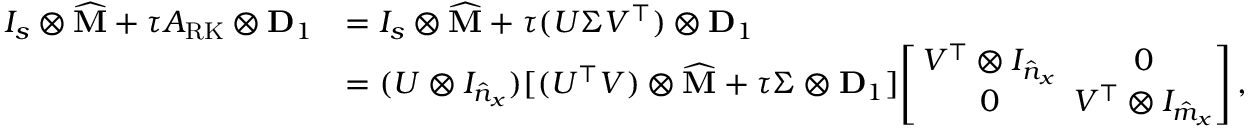
\begin{array} { r l } { I _ { s } \otimes \widehat { \mathbf { M } } + \tau A _ { \mathrm { R K } } \otimes \mathbf { D } _ { 1 } } & { = I _ { s } \otimes \widehat { \mathbf { M } } + \tau ( U \Sigma V ^ { \top } ) \otimes \mathbf { D } _ { 1 } } \\ & { = ( U \otimes I _ { \hat { n } _ { x } } ) [ ( U ^ { \top } V ) \otimes \widehat { \mathbf { M } } + \tau \Sigma \otimes \mathbf { D } _ { 1 } ] \! \left[ \! \! \begin{array} { c c } { V ^ { \top } \otimes I _ { \hat { n } _ { x } } } & { \! \! \! 0 } \\ { 0 } & { \! \! \! V ^ { \top } \otimes I _ { \hat { m } _ { x } } } \end{array} \! \! \! \right] , } \end{array}